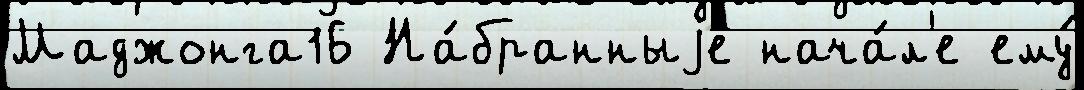
Маджонга16 На́бранныjе нача́л'е ему́